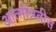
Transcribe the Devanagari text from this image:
आत्मोन्नतीस